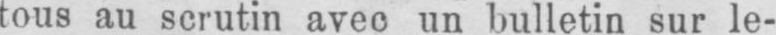
tous au scrutin avec un bulletin sur le-